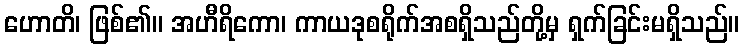
ဟောတိ၊ ဖြစ်၏။ အဟီရိကော၊ ကာယဒုစရိုက်အစရှိသည်တို့မှ ရှက်ခြင်းမရှိသည်။